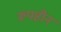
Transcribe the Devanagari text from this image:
रूपहीन